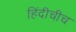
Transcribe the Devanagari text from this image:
हिंदीचीच